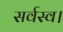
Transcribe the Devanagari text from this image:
सर्वस्व।